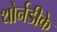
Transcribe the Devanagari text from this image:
थोर्नडीके